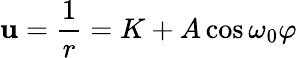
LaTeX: \mathbf{u}={\frac{{1}}{{r}}}=K+A\cos\omega_{\mathrm{{0}}}\varphi